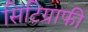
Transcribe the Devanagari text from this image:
सिंटिग्राफी